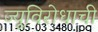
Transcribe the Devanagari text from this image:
ज्यूविरोधाची